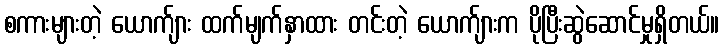
စကားများတဲ့ ယောက်ျား ထက်မျက်နှာထား တင်းတဲ့ ယောက်ျားက ပိုပြီးဆွဲဆောင်မှုရှိတယ်။